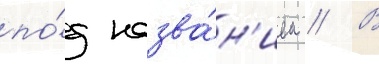
по́д назва́н'ием // В